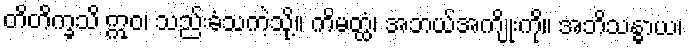
တိတိက္ခသိ ဣဝ၊ သည်းခံသကဲ့သို့။ ကိမတ္ထံ၊ အဘယ်အကျိုးကို။ အဘိသန္ဓာယ၊